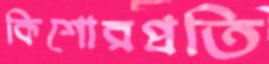
কিশোরপ্রতি